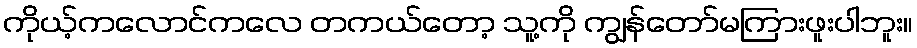
ကိုယ့်ကလောင်ကလေ တကယ်တော့ သူ့ကို ကျွန်တော်မကြားဖူးပါဘူး။